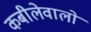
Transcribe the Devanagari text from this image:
कबीलेवालों